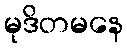
မုဒိတမနေ